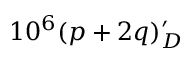
1 0 ^ { 6 } ( p + 2 q ) _ { D } ^ { \prime }